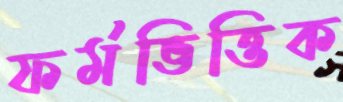
ফর্মভিত্তিক